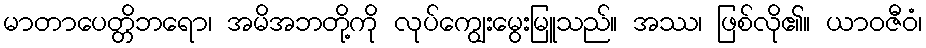
မာတာပေတ္တိဘရော၊ အမိအဘတို့ကို လုပ်ကျွေးမွေးမြူသည်။ အဿ၊ ဖြစ်လို၏။ ယာဝဇီဝံ၊